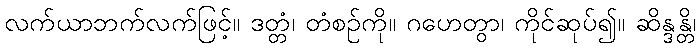
လက်ယာဘက်လက်ဖြင့်။ ဒတ္တံ၊ တံစဉ်ကို။ ဂဟေတွာ၊ ကိုင်ဆုပ်၍။ ဆိန္ဒန္တိ၊